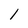
Character: l